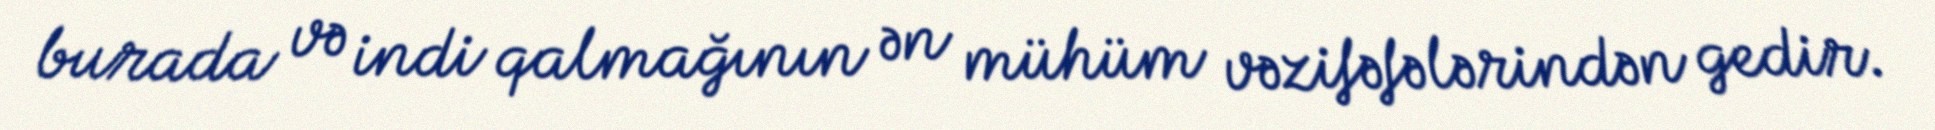
burada və indi qalmağının ən mühüm vəzifəfələrindən gedir.